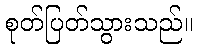
စုတ်ပြတ်သွားသည်။